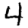
Digit: 4